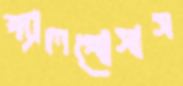
প্যালপোসাস